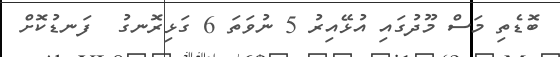
ބޮޑެތި މަސް މޫދުގައި އުޅޭއިރު 5 ނުވަތަ 6 ގަޅިރޮނގު  ފަނޑުކޮށް